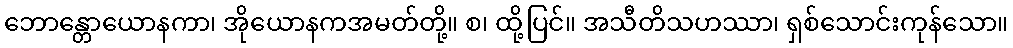
ဘောန္တောယောနကာ၊ အိုယောနကအမတ်တို့။ စ၊ ထို့ပြင်။ အသီတိသဟဿာ၊ ရှစ်သောင်းကုန်သော။